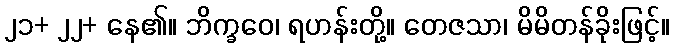
၂၁+ ၂၂+ နေ၏။ ဘိက္ခဝေ၊ ရဟန်းတို့။ တေဇသာ၊ မိမိတန်ခိုးဖြင့်။